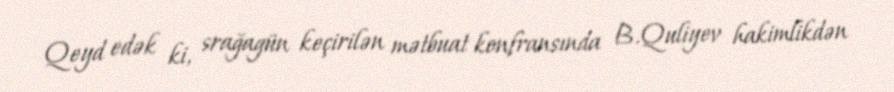
Qeyd edək ki, srağagün keçirilən mətbuat konfransında B.Quliyev hakimlikdən